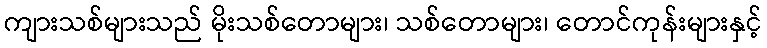
ကျားသစ်များသည် မိုးသစ်တောများ၊ သစ်တောများ၊ တောင်ကုန်းများနှင့်